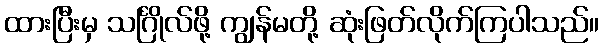
ထားပြီးမှ သင်္ဂြိုလ်ဖို့ ကျွန်မတို့ ဆုံးဖြတ်လိုက်ကြပါသည်။